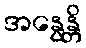
အနွေန္တိ